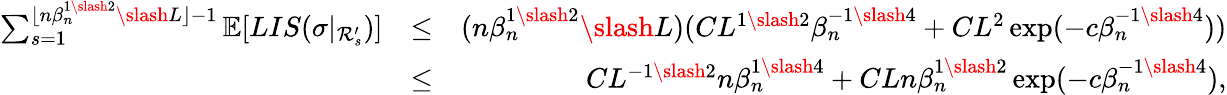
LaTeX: \begin{array}{rlr}{\sum_{s=1}^{\lfloor n\beta_{n}^{1\slash 2}\slash L\rfloor-1}\mathbb{E}[LIS(\sigma|_{\mathcal{R}_{s}^{\prime}})]}&{\leq}&{(n\beta_{n}^{1\slash 2}\slash L)(CL^{1\slash 2}\beta_{n}^{-1\slash 4}+CL^{2}\exp(-c\beta_{n}^{-1\slash 4}))}\\ &{\leq}&{CL^{-1\slash 2}n\beta_{n}^{1\slash 4}+CLn\beta_{n}^{1\slash 2}\exp(-c\beta_{n}^{-1\slash 4}),}\end{array}